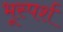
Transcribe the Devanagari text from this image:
भूस्पर्श